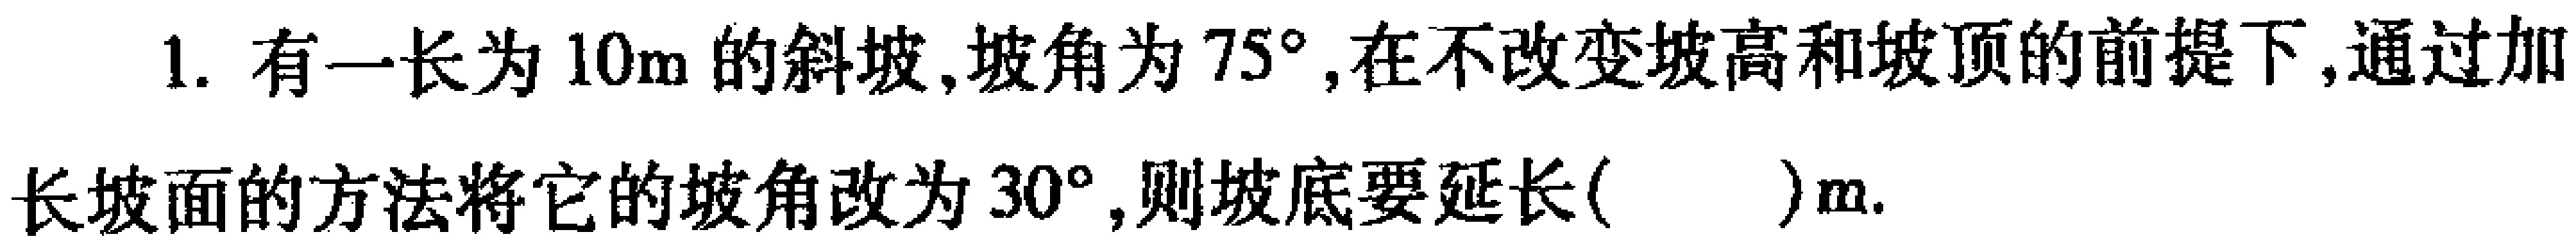
1. 有一长为\(10m\)的斜坡,坡角为\(75^{\circ}\),在不改变坡高和坡顶的前提下,通过加长坡面的方法将它的坡角改为\(30^{\circ}\),则坡底要延长( )m.